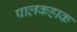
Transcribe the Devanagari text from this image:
पालकहाक